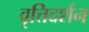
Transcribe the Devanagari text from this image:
वृत्तिदर्शन